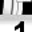
Digit: 1